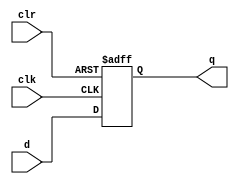
module reg16_ex2(clk,clr,d,q);

	input clk,clr;
	input [15:0] d;
	output reg [15:0] q;

	always @ (posedge clk or posedge clr)
	begin
		if(clr)
			q <= 16'h0000;
		else
			q <= d;
	end

endmodule